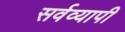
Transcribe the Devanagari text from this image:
सर्वव्‍यापी